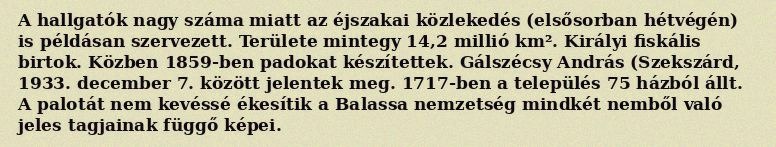
A hallgatók nagy száma miatt az éjszakai közlekedés (elsősorban hétvégén) is példásan szervezett. Területe mintegy 14,2 millió km². Királyi fiskális birtok. Közben 1859-ben padokat készítettek. Gálszécsy András (Szekszárd, 1933. december 7. között jelentek meg. 1717-ben a település 75 házból állt. A palotát nem kevéssé ékesítik a Balassa nemzetség mindkét nemből való jeles tagjainak függő képei.